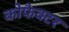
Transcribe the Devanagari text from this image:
कोफैक्टर